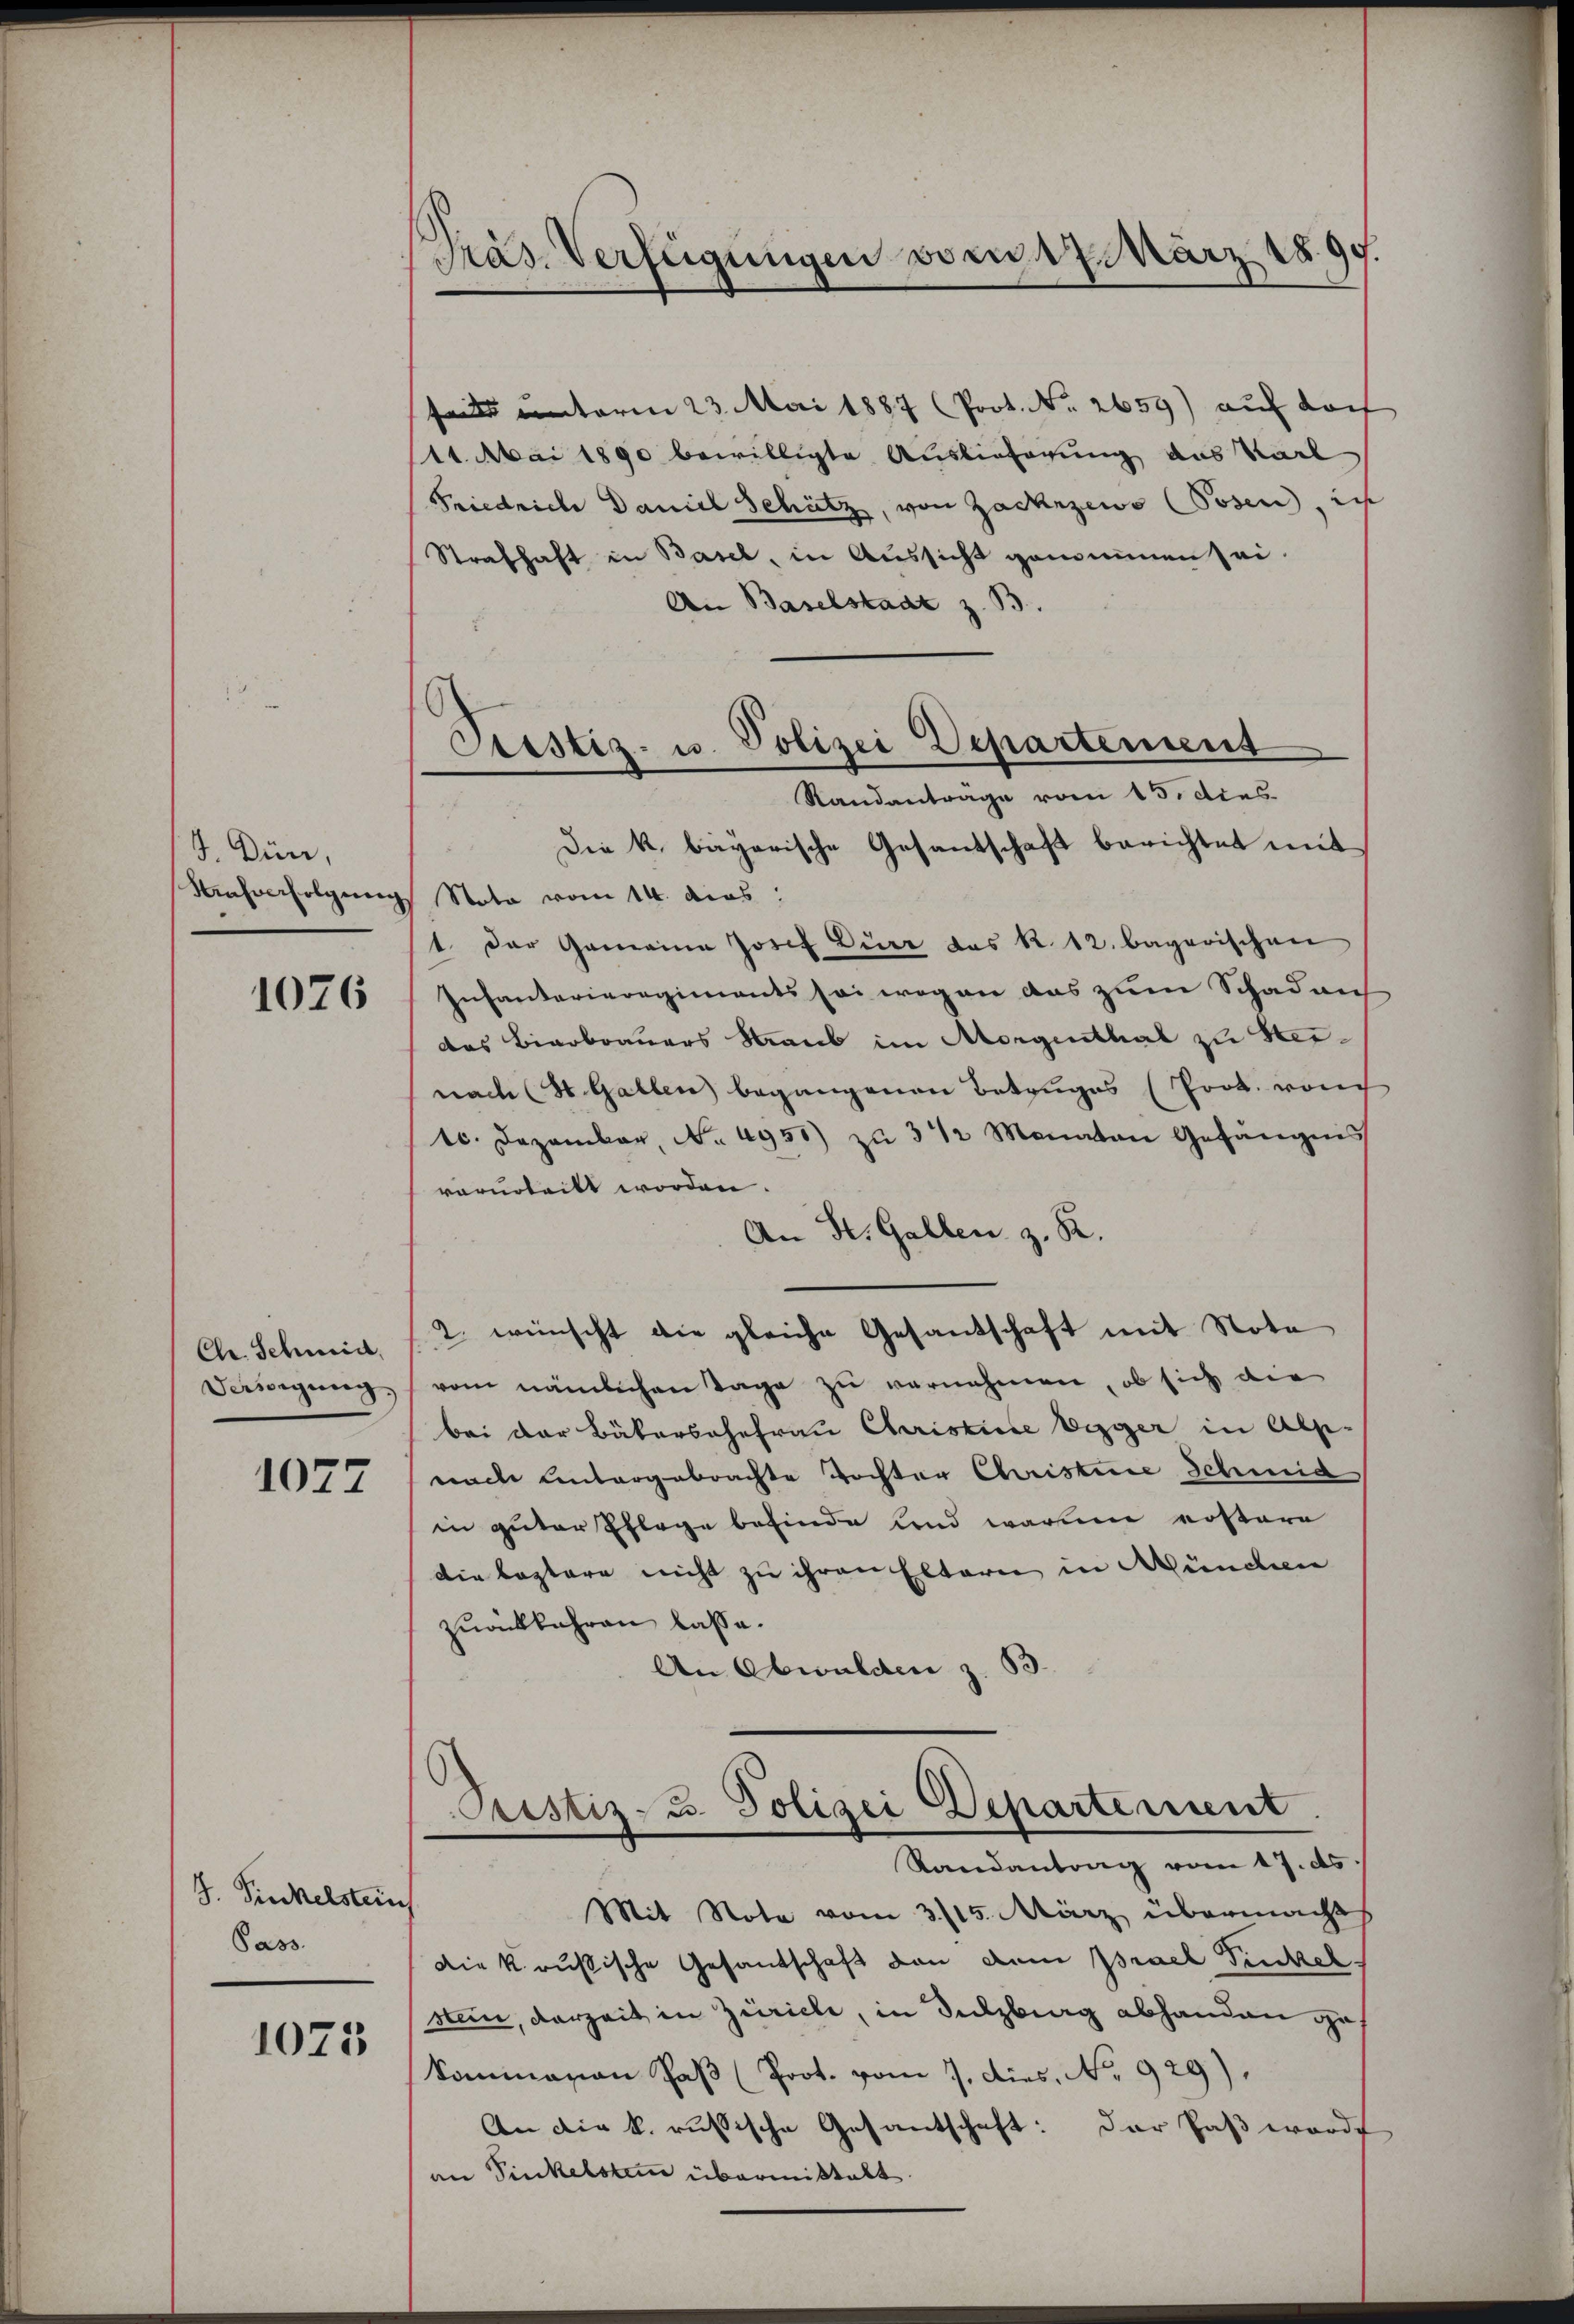
J. Dürr,

1076

Ch. Schmid,

1027

J. Sinkelstens
Pass.

1073

Pras. Verfügungen vom 7. März 1899.

seit unterm 23. Mai 1887 (Prot. No. 2659) auf doc
11. Mai 1890 bewilligte Auslieferung das Karl
Friedriche Daniel Schütz, von Zackezewo (Posen, ich
Strafhaft in Basel, in Aussicht genommen sei.
An Baselstadt z. B.
Die k. bayerische Gesandschaft berichtet mit
Malverfolgung Nota vom 14. dies:
1 der Gemeine Josef Dürr das k. 12. bayerischen
Infanterieregiments sei wegen aus zum Schaden
das Bierbrauers Staub im Morgenthal zu Hernach (St. Gallen begangenen Betruges (Prot. rauch
tc. Dezember, No. 4950) zŭ 3 1/2 Monaten Gefängnis
vorurteilt worden.
An St. Gallen z. B.
2. wünscht die gleiche Gesandschaft mit Nota
Deinigung vom nämlichen Tage zu vernehmen, ob sich die
bei der Bäkersahefrau Christiese Egger in Abs-
uach untergebrachte Tochter Christere Schmid
in guter Pflege befinde und warum erstere
die leztere nicht zu ihren Eltern in Münden
zuückkehren lasse.
An Obwalden z. 33.
Pristiz- u. Polizei Departement
Randanton vom 17. ds.
Mit Note vom 3/15. März übermacht
die k. russische Gesandschaft von dem Prael Pinkel.
stein, derzeit in Zürich, in Sulzberg abhanden gekommarian Paß (Prot. vom 7. Dies. No. 929).
An die k. russische Gesandtschaft: Der Paß worde
an Sinkelsten übermittelt.

Ciustiz- u. Polizei Departement
Randantrage vom 15. dies